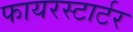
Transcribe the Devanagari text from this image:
फायरस्टार्टर